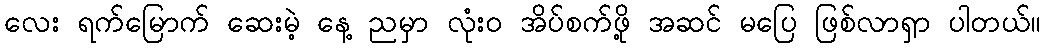
လေး ရက်မြောက် ဆေးမဲ့ နေ့ ညမှာ လုံးဝ အိပ်စက်ဖို့ အဆင် မပြေ ဖြစ်လာရှာ ပါတယ်။